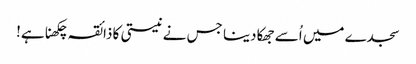
سجدے میں اُسے جھکا دینا جس نے نیستی کا ذائقہ چکھنا ہے!